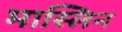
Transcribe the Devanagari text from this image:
मास्लिन